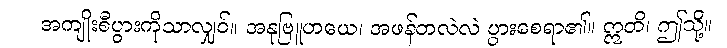
အကျိုးစီပွားကိုသာလျှင်။ အနုဗြူဟယေ၊ အဖန်တလဲလဲ ပွားစေရာ၏။ ဣတိ၊ ဤသို့။